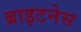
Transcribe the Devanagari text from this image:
ब्राइटनेस